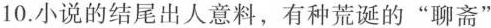
10.小说的结尾出人意料，有种荒诞的“聊斋”